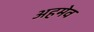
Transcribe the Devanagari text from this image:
अहमेव